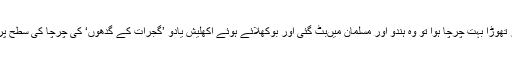
بجلی پر تھوڑا بہت چرچا ہوا تو وہ ہندو اور مسلمان میںبٹ گئی اور بوکھلائے ہوئے اکھلیش یادو ’گجرات کے گدھوں‘ کی چرچا کی سطح پر آگئے۔